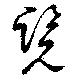
覽